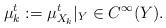
LaTeX: \begin{align*}\mu^t_k := \mu^t_{X_k}|_Y \in C^{\infty}(Y). \end{align*}